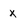
Character: X